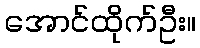
အောင်ထိုက်ဦး။